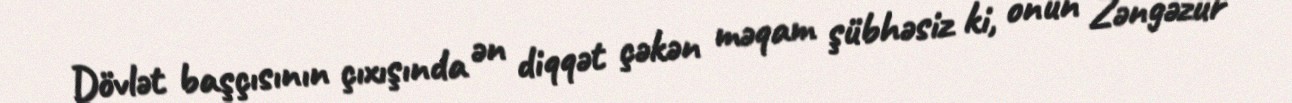
Dövlət başçısının çıxışında ən diqqət çəkən məqam şübhəsiz ki, onun Zəngəzur